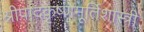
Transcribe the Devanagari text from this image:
श्रीपादकृष्णमूर्तिशास्त्री